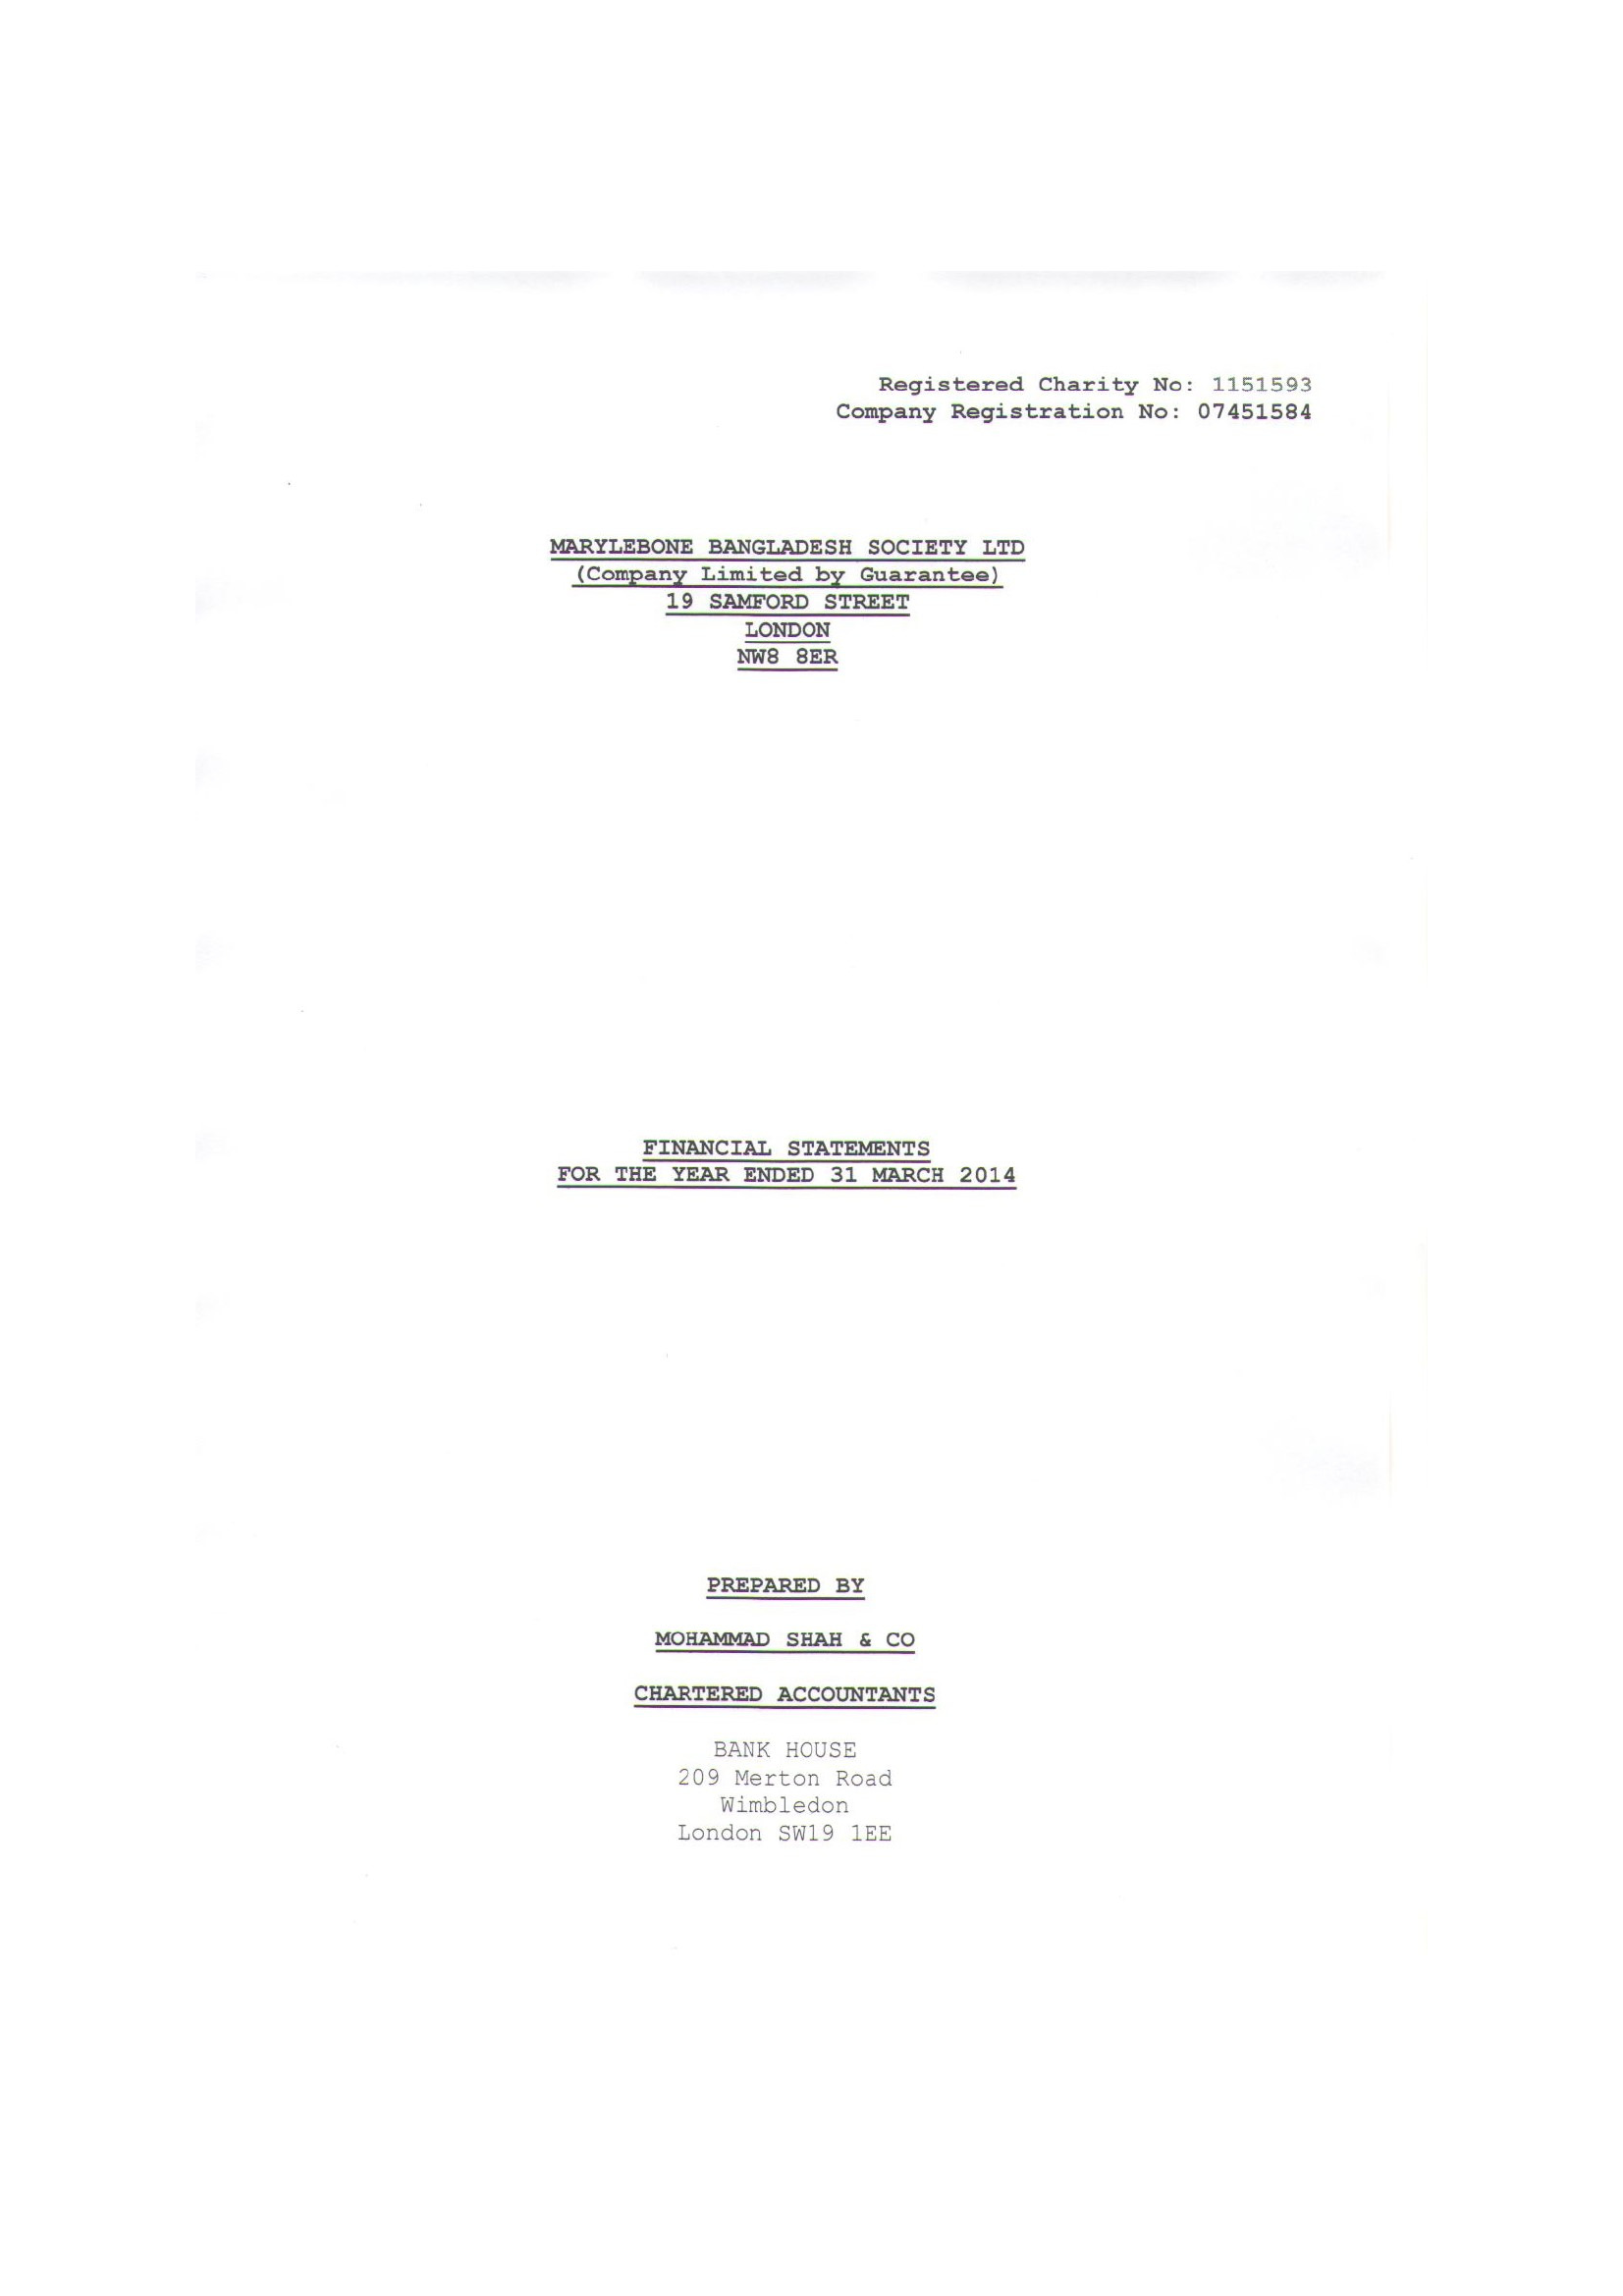
Registered Charity No: 1151593
     Company Registration No: 07451584
     MARYLEBONE BANGLADESH SOCIETY LTD
     (Company Limited by Guarantee)
     19 SAMFORD STREET
     LONDON
     NW8 S8ER
     FINANCIAL STATEMENTS
     FOR THE YEAR ENDED 31 MARCH 2014
     PREPARED BY
     MOHAMMAD SHAH & CO
     CHARTERED ACCOUNTANTS
     BANK HOUSE
     209 Merton Road
     Wimbledon
     London SW19 1EE